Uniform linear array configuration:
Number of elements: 32
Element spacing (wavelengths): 0.75
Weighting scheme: exponential
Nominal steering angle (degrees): -45
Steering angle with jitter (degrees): -45.939
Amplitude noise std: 0.05
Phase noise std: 0.05

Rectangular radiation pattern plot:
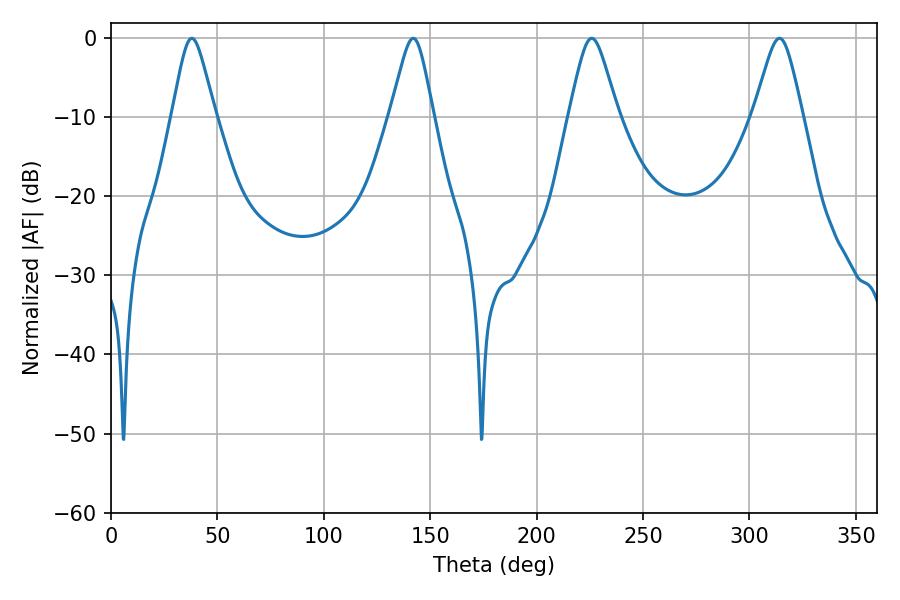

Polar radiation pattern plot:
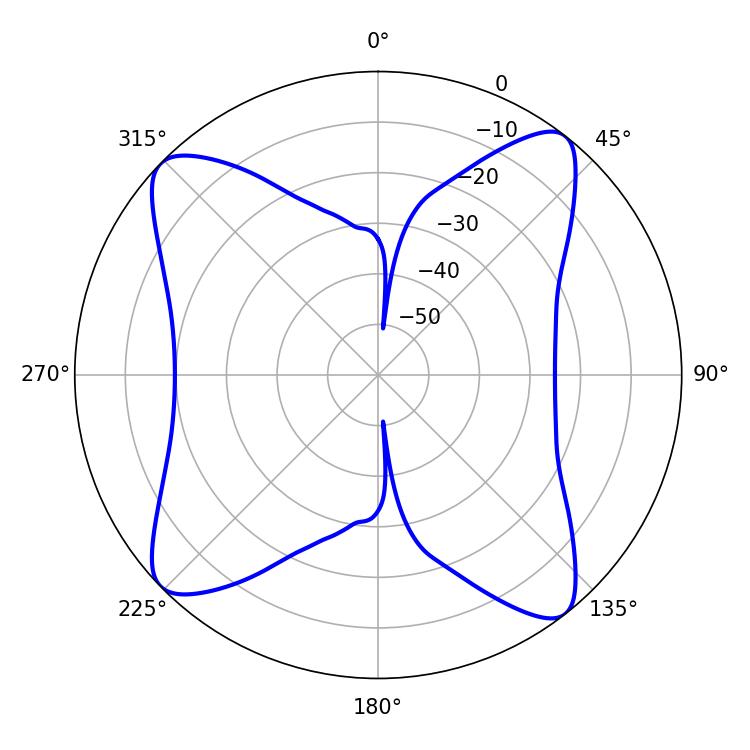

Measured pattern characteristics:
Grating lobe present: TRUE
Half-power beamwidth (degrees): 9.72
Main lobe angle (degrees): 37.98